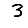
Digit: 3